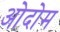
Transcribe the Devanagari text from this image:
ओदोम